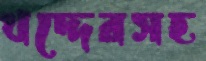
খদ্দেরসহ